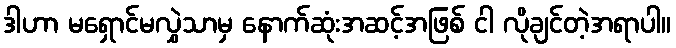
ဒါဟာ မရှောင်မလွှဲသာမှ နောက်ဆုံးအဆင့်အဖြစ် ငါ လိုချင်တဲ့အရာပါ။